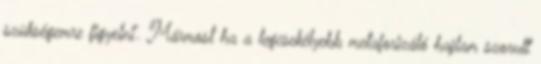
szükségemre figyelni”. Mármost ha a legcsekélyebb metaforizáló hajlam szorult